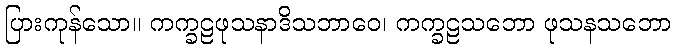
ပြားကုန်သော။ ကက္ခဠဖုသနာဒိသဘာဝေ၊ ကက္ခဠသဘော ဖုသနသဘော